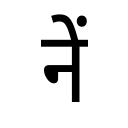
OCR:
नें